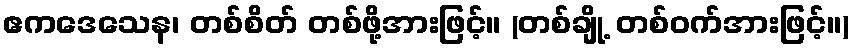
ဧကဒေသေန၊ တစ်စိတ် တစ်ဖို့အားဖြင့်။ (တစ်ချို့ တစ်ဝက်အားဖြင့်။)